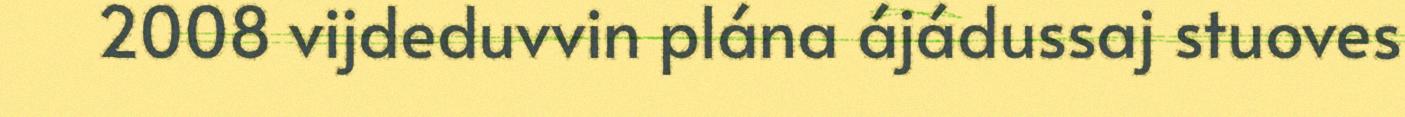
2008 vijdeduvvin plána ájádussaj stuoves